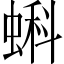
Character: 蝌